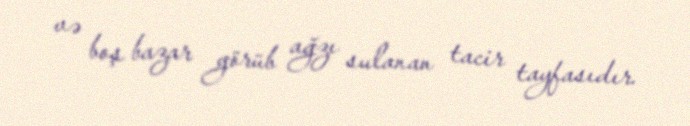
və boş bazar görüb ağzı sulanan tacir tayfasıdır.